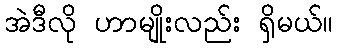
အဲဒီလို ဟာမျိုးလည်း ရှိမယ်။